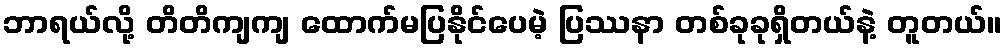
ဘာရယ်လို့ တိတိကျကျ ထောက်မပြနိုင်ပေမဲ့ ပြဿနာ တစ်ခုခုရှိတယ်နဲ့ တူတယ်။